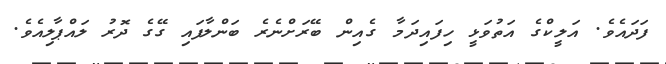
ފަދައެވެ. އަލީކްގެ އަތުވަޅީ ހިފައިދަމާ ގެއިން ބޭރަށްނެރެ ބަންލާފައި ގޭގެ ދޮރު ލައްޕާލިއެވެ.